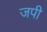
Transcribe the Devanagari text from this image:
जपी